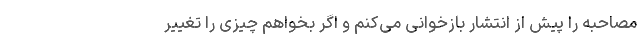
مصاحبه‌ را پیش از انتشار بازخوانی می‌کنم و اگر بخواهم چیزی را تغییر